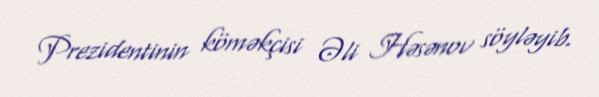
Prezidentinin köməkçisi Əli Həsənov söyləyib.